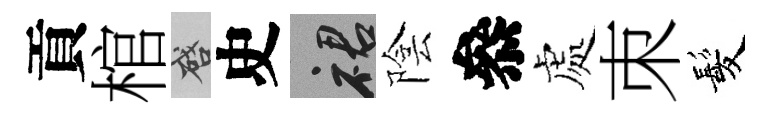
貢棺啓史裙陰叅處朿髪